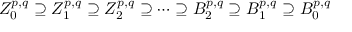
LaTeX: Z _ { 0 } ^ { p , q } \supseteq Z _ { 1 } ^ { p , q } \supseteq Z _ { 2 } ^ { p , q } \supseteq \cdots \supseteq B _ { 2 } ^ { p , q } \supseteq B _ { 1 } ^ { p , q } \supseteq B _ { 0 } ^ { p , q }